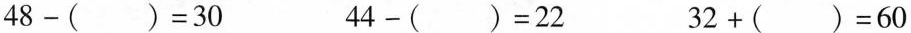
48-()=30 44-()=22 32+()=60